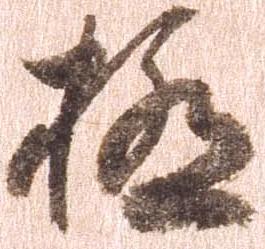
極